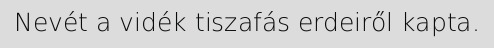
Nevét a vidék tiszafás erdeiről kapta.